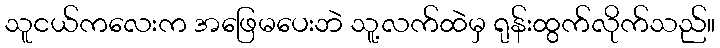
သူငယ်ကလေးက အဖြေမပေးဘဲ သူ့လက်ထဲမှ ရုန်းထွက်လိုက်သည်။